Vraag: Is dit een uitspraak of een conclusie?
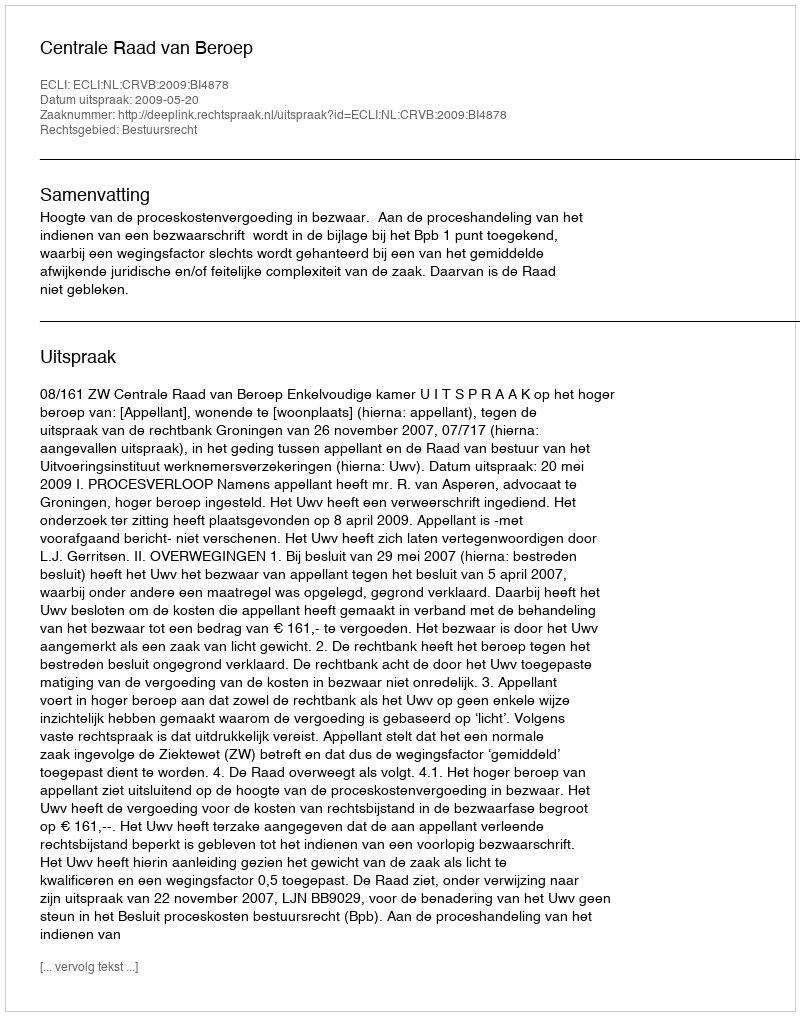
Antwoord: Uitspraak